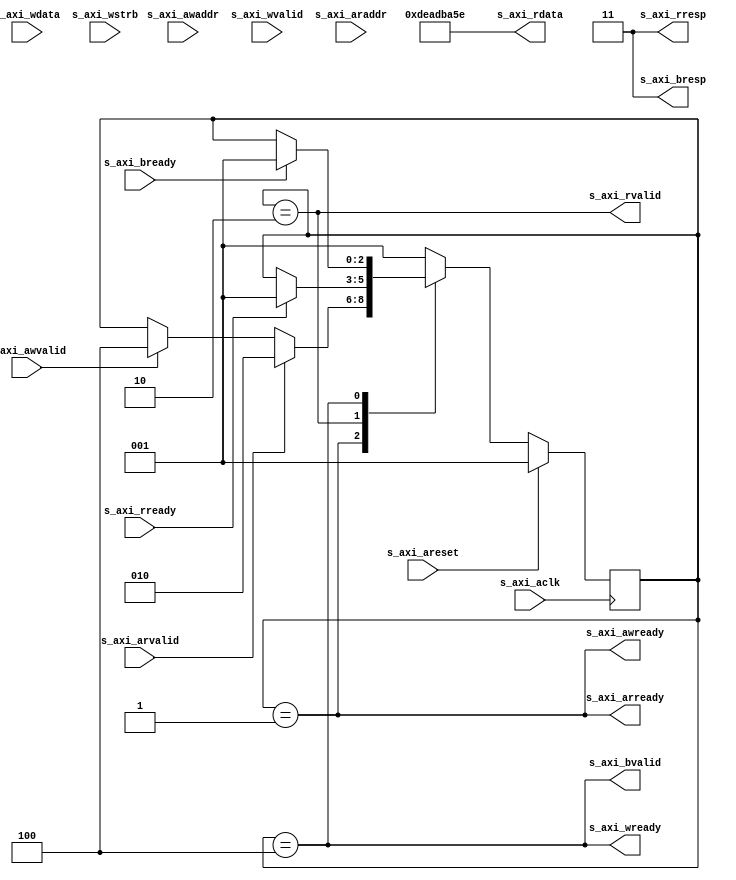
//
// Copyright 2015 Ettus Research
// Copyright 2018 Ettus Research, a National Instruments Company
//
// SPDX-License-Identifier: LGPL-3.0-or-later
//

module axi_dummy
(
  // sys connect
  input         s_axi_aclk,
  input         s_axi_areset,

  // axi4 lite slave port
  input [31:0]  s_axi_awaddr,
  input         s_axi_awvalid,
  output        s_axi_awready,

  input [31:0]  s_axi_wdata,
  input [3:0]   s_axi_wstrb,
  input         s_axi_wvalid,
  output        s_axi_wready,

  output [1:0]  s_axi_bresp,
  output        s_axi_bvalid,
  input         s_axi_bready,

  input [31:0]  s_axi_araddr,
  input         s_axi_arvalid,
  output        s_axi_arready,

  output [31:0] s_axi_rdata,
  output [1:0]  s_axi_rresp,
  output        s_axi_rvalid,
  input         s_axi_rready
);
  parameter DEC_ERR = 1'b1;

  localparam IDLE              = 3'b001;
  localparam READ_IN_PROGRESS  = 3'b010;
  localparam WRITE_IN_PROGRESS = 3'b100;

  reg [2:0] state;

  always @ (posedge s_axi_aclk) begin
    if (s_axi_areset) begin
      state <= IDLE;
    end
    else case (state)

    IDLE: begin
      if (s_axi_arvalid)
        state <= READ_IN_PROGRESS;
      else if (s_axi_awvalid)
        state <= WRITE_IN_PROGRESS;
    end

    READ_IN_PROGRESS: begin
      if (s_axi_rready)
        state <= IDLE;
    end

    WRITE_IN_PROGRESS: begin
      if (s_axi_bready)
        state <= IDLE;
    end

    default: begin
      state <= IDLE;
    end

    endcase
  end

  assign s_axi_awready = (state == IDLE);
  assign s_axi_wready  = (state == WRITE_IN_PROGRESS);
  assign s_axi_bvalid  = (state == WRITE_IN_PROGRESS);

  assign s_axi_arready = (state == IDLE);
  assign s_axi_rdata = 32'hdead_ba5e;
  assign s_axi_rvalid  = (state == READ_IN_PROGRESS);
  assign s_axi_rresp = DEC_ERR ? 2'b11 : 2'b00;
  assign s_axi_bresp = DEC_ERR ? 2'b11 : 2'b00;

endmodule